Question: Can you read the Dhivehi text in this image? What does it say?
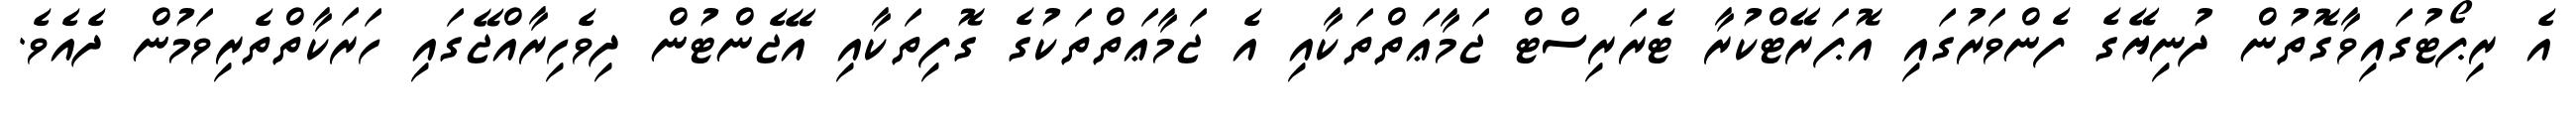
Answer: އެ ރިޕޯޓުގައިވާގޮތުން ދުނިޔޭގެ ފެންވަރުގައި އޮޕަރޭޓްކުރާ ޓެރަރިސްޓް ޖަމާޢަތްތަކާއި އެ ޖަމާޢަތްތަކުގެ ގޮފިތަކާއި އޭޖެންޓުން ދިވެހިރާއްޖޭގައި ހަރަކާތްތެރިވަމުން ދެއެވެ.